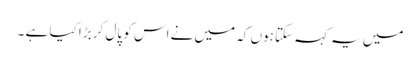
میں یہ کہہ سکتا ہوں کہ میں نے اس کو پال کر بڑا کیا ہے ۔